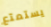
يستمتع